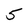
Character: 5